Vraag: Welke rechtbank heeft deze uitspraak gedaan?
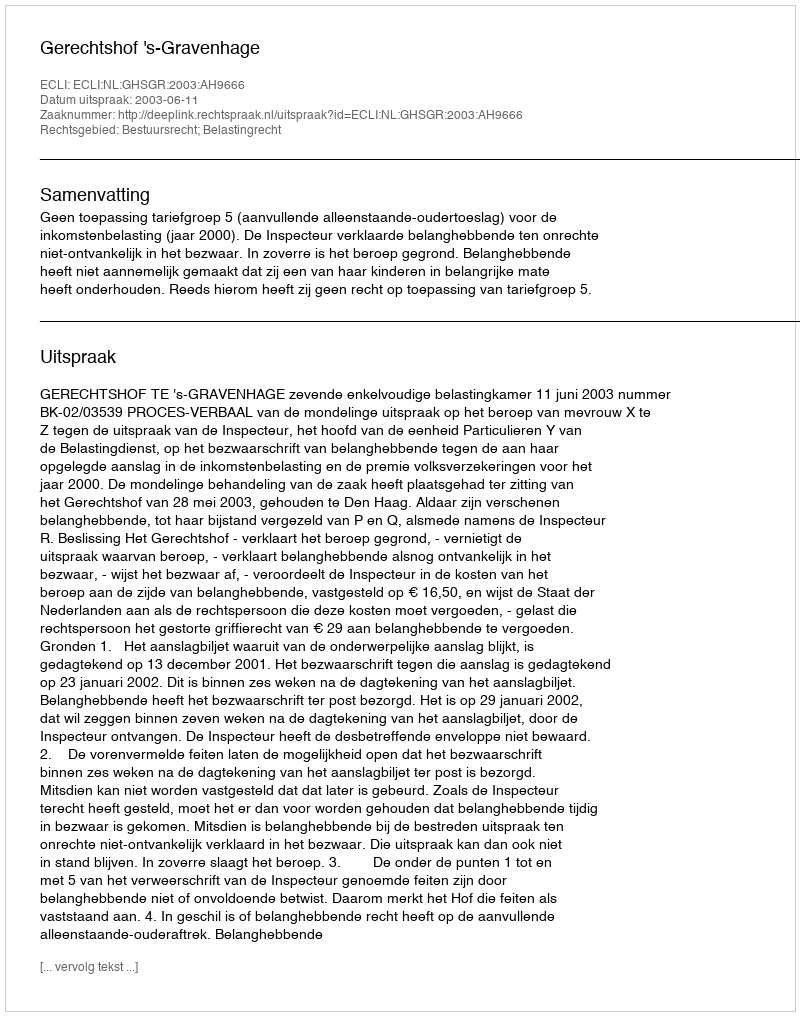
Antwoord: Gerechtshof 's-Gravenhage